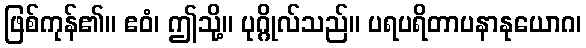
ဖြစ်ကုန်၏။ ဧဝံ၊ ဤသို့။ ပုဂ္ဂိုလ်သည်။ ပရပရိတာပနာနုယောဂ၊